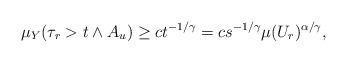
LaTeX: \begin{align*}\mu_Y(\tau_r > t \wedge A_u) \ge c t^{-1/\gamma} = c s^{-1/\gamma} \mu(U_r)^{\alpha/\gamma},\end{align*}